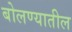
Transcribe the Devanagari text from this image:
बोलण्यातील